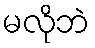
မလိုဘဲ